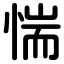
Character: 惴